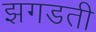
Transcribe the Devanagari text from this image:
झगडती